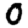
Digit: 0